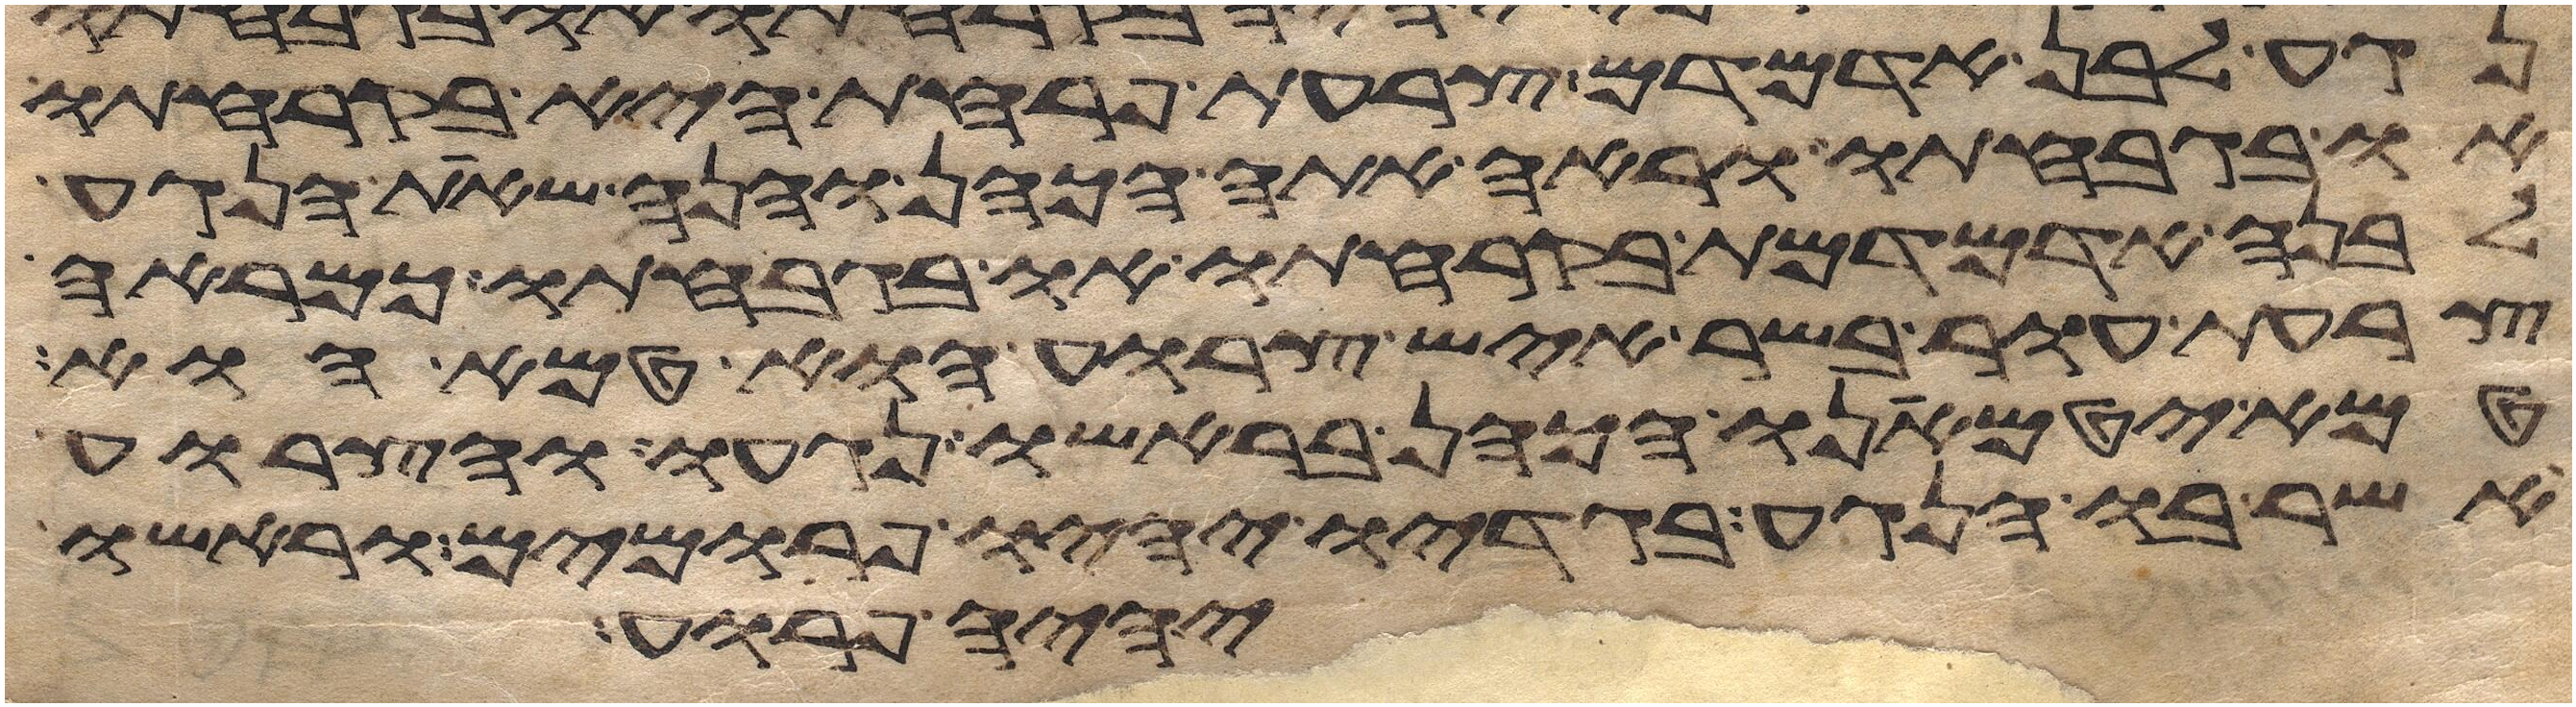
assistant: נגע לבן אדמדם צרעת פרחת היא בקרחתו
או בגבחתו וראה אתה הכהן והנה שאת הנגע
לבנה אדמדמת בקרחתו או בגבחתו כמראה
צרעת עור בשר איש צרוע הוא טמא הוא
טמא יטמאנו הכהן בראשו נגעו והצרוע
אשר בו הנגע בגדיו יהיו פרומים וראשו
יהיה פרוע